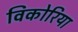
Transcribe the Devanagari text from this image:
विकोरिया